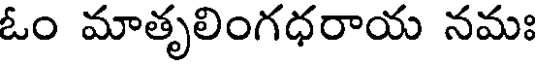
ఓం మాతృలింగధరాయ నమః